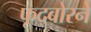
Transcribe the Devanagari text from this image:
फूद्बोरने